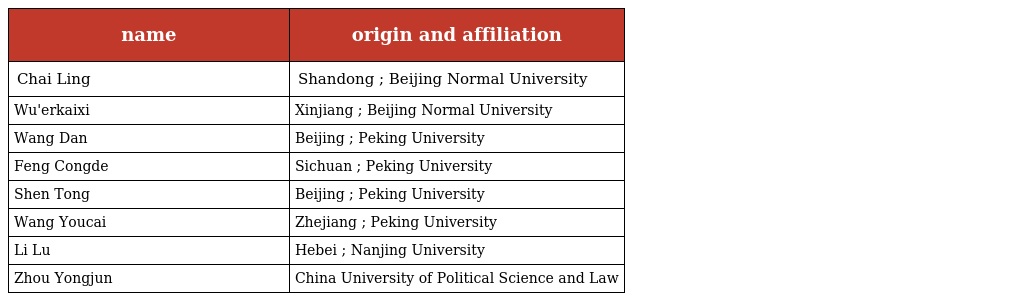
| name | origin and affiliation |
 | --- | --- |
 | Chai Ling | Shandong ; Beijing Normal University |
 | Wu'erkaixi | Xinjiang ; Beijing Normal University |
 | Wang Dan | Beijing ; Peking University |
 | Feng Congde | Sichuan ; Peking University |
 | Shen Tong | Beijing ; Peking University |
 | Wang Youcai | Zhejiang ; Peking University |
 | Li Lu | Hebei ; Nanjing University |
 | Zhou Yongjun | China University of Political Science and Law |